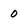
Character: o